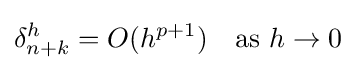
\delta _{n+k}^{h}=O(h^{p+1})\quad {\mbox{as }}h\to 0